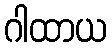
ဂါထာယ